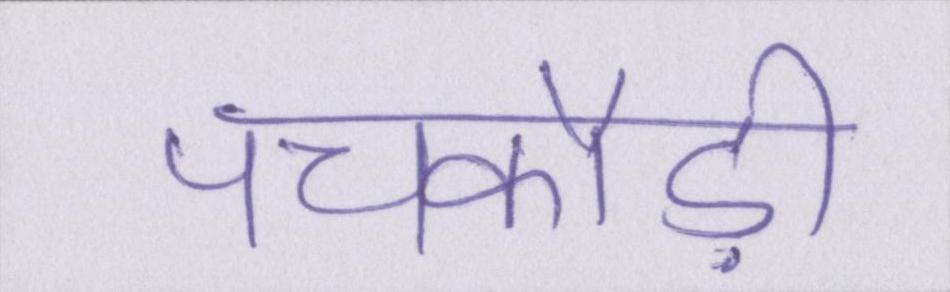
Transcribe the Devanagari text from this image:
पचकौड़ी